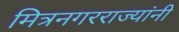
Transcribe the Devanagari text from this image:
मित्रनगरराज्यांनी